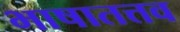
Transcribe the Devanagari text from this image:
भाषातत्तव